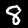
Label: 8